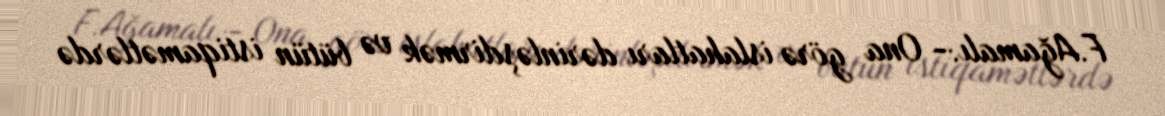
F.Ağamalı:- Ona görə islahatları dərinləşdirmək və bütün istiqamətlərdə